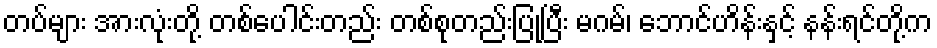
တပ်များ အားလုံးတို့ တစ်ပေါင်းတည်း တစ်စုတည်းပြုပြီး မဂမ်၊ ဘောင်ဟိန်းနှင့် နန်းရင်တို့က